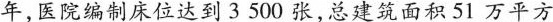
年，医院编制床位达到 3 500 张，总建筑面积 51 万平方